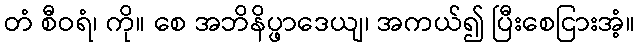
တံ စီဝရံ၊ ကို။ စေ အဘိနိပ္ဖာဒေယျ၊ အကယ်၍ ပြီးစေငြားအံ့။